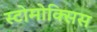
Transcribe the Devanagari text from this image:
स्टोमोक्सिस